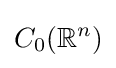
C_{0}(\mathbb {R} ^{n})